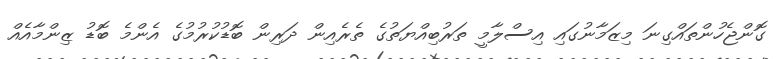
ގޮންޖެހުންތައްގިނަ މިޒަމާނުގައި އިސްލާމީ ތަރުބިއްޔަތުގެ ތެރެއިން ދަރިން ބޮޑުކުރުމުގެ އެންމެ ބޮޑު ޒިންމާއެއް